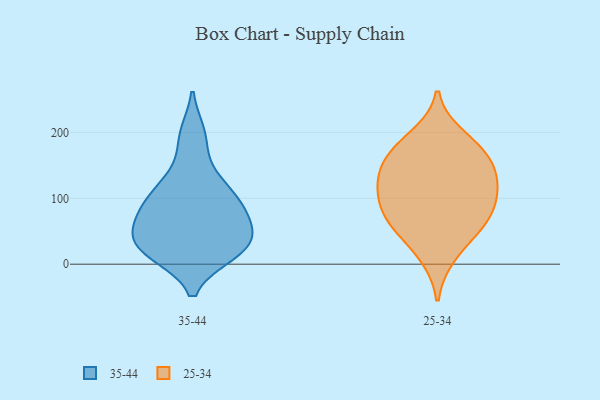
{"axis": {"x": "Customer Acquisition Cost (USD)", "y": "Value"}, "legend": ["25-34", "35-44"], "data": [{"x": "", "y": 86, "type": "35-44"}, {"x": "", "y": 75, "type": "35-44"}, {"x": "", "y": 19, "type": "35-44"}, {"x": "", "y": 35, "type": "35-44"}, {"x": "", "y": 45, "type": "35-44"}, {"x": "", "y": 16, "type": "35-44"}, {"x": "", "y": 19, "type": "35-44"}, {"x": "", "y": 193, "type": "35-44"}, {"x": "", "y": 102, "type": "35-44"}, {"x": "", "y": 62, "type": "35-44"}, {"x": "", "y": 74, "type": "35-44"}, {"x": "", "y": 20, "type": "35-44"}, {"x": "", "y": 38, "type": "35-44"}, {"x": "", "y": 55, "type": "35-44"}, {"x": "", "y": 142, "type": "35-44"}, {"x": "", "y": 197, "type": "35-44"}, {"x": "", "y": 102, "type": "35-44"}, {"x": "", "y": 104, "type": "35-44"}, {"x": "", "y": 21, "type": "35-44"}, {"x": "", "y": 121, "type": "35-44"}, {"x": "", "y": 172, "type": "25-34"}, {"x": "", "y": 68, "type": "25-34"}, {"x": "", "y": 194, "type": "25-34"}, {"x": "", "y": 120, "type": "25-34"}, {"x": "", "y": 168, "type": "25-34"}, {"x": "", "y": 50, "type": "25-34"}, {"x": "", "y": 82, "type": "25-34"}, {"x": "", "y": 108, "type": "25-34"}, {"x": "", "y": 13, "type": "25-34"}, {"x": "", "y": 113, "type": "25-34"}, {"x": "", "y": 66, "type": "25-34"}, {"x": "", "y": 137, "type": "25-34"}, {"x": "", "y": 153, "type": "25-34"}]}